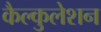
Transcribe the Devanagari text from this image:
कैल्कुलेशन